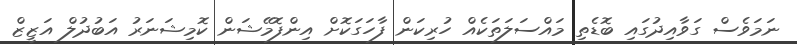
ނަމަވެސް ގަވާއިދުގައި ބޮޑެތި މައްސަލަތަކެއް ހުރިކަން ފާހަގަކޮށް އިންފޮމޭޝަން ކޮމިޝަނަރު އަބުދުލް އަޒީޒް